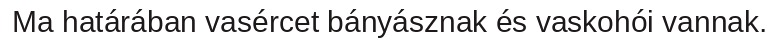
Ma határában vasércet bányásznak és vaskohói vannak.